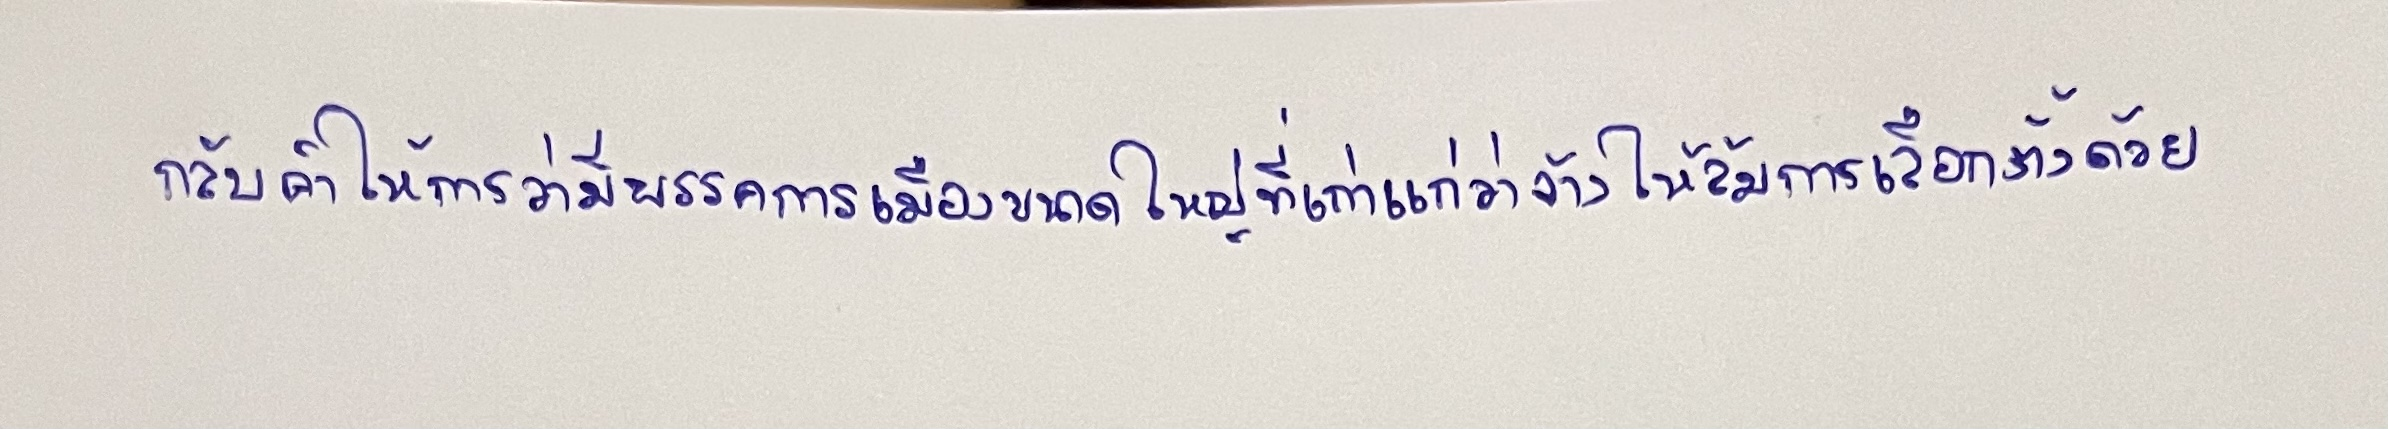
กลับคำให้การว่ามีพรรคการเมืองขนาดใหญ่ที่เก่าแก่ว่าจ้างให้ล้มการเลือกตั้งด้วย